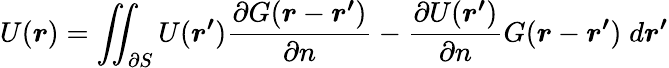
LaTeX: U(\boldsymbol{r})=\iint_{\partial S}U(\boldsymbol{r^{\prime}})\frac{\partial G(\boldsymbol{r}-\boldsymbol{r^{\prime}})}{\partial n}-\frac{\partial U(\boldsymbol{r^{\prime}})}{\partial n}G(\boldsymbol{r}-\boldsymbol{r^{\prime}})\; d\boldsymbol{r^{\prime}}